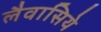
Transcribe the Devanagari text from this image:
लैवासिये